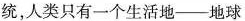
统，人类只有一个生活地——地球